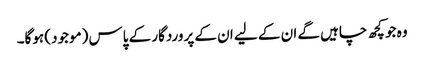
وہ جو کچھ چاہیں گے ان کے لیے ان کے پروردگار کے پاس (موجود) ہوگا۔